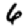
Digit: 6